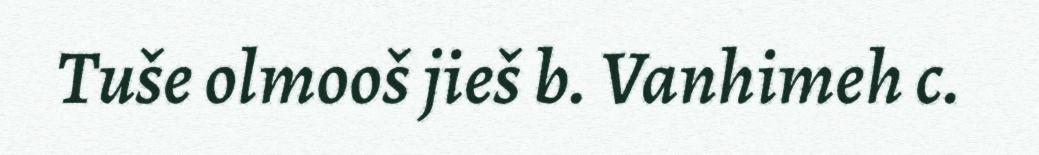
Tuše olmooš jieš b. Vanhimeh c.